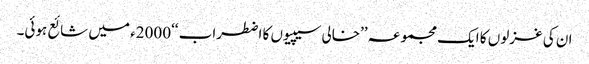
ان کی غزلوں کا ایک مجموعہ ’’خالی سیپیوں کا اضطراب ‘‘2000ء میں شائع ہوئی۔